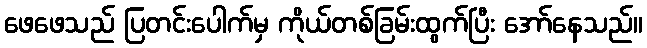
ဖေဖေသည် ပြတင်းပေါက်မှ ကိုယ်တစ်ခြမ်းထွက်ပြီး အော်နေသည်။